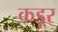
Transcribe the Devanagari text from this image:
कडूर